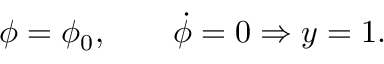
{ \phi = \phi _ { 0 } , \qquad \dot { \phi } = 0 \Rightarrow y = 1 . }